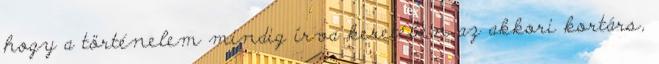
hogy a történelem mindig írva keretében az akkori kortárs,